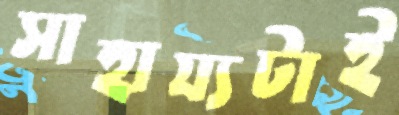
সাহায্যটাই